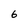
Character: 6